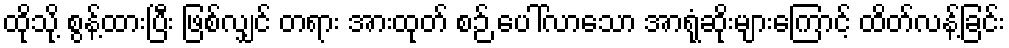
ထိုသို့ စွန့်ထားပြီး ဖြစ်လျှင် တရား အားထုတ် စဉ် ပေါ်လာသော အာရုံဆိုးများကြောင့် ထိတ်လန့်ခြင်း